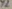
Text: y2